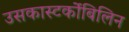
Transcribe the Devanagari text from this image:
उसकास्‍टर्कोबिलिन